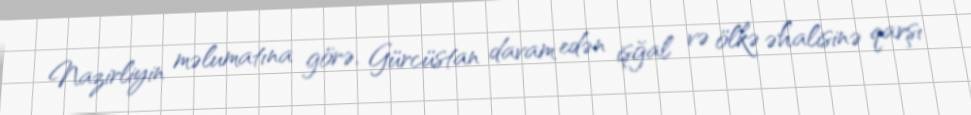
Nazirliyin məlumatına görə, Gürcüstan davam edən işğal və ölkə əhalisinə qarşı